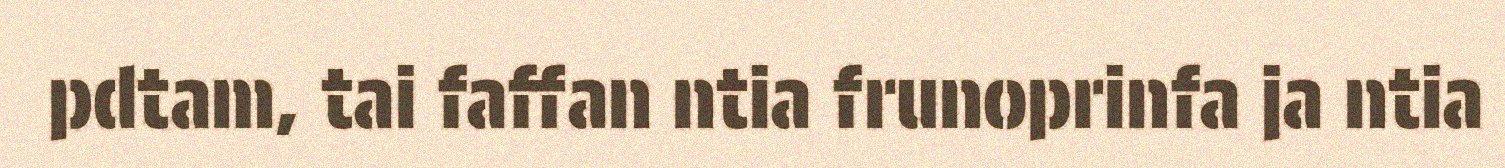
pdtam, tai faffan ntia frunoprinfa ja ntia